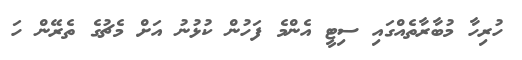
ހުރިހާ މުބާރާތެއްގައި ސިޓީ އެންމެ ފަހުން ކުޅުނު އަށް މެޗުގެ ތެރޭން ހަ